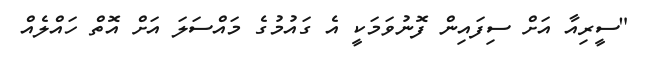
"ސީރިއާ އަށް ސިފައިން ފޮނުވަމަކީ އެ ގައުމުގެ މައްސަލަ އަށް އޮތް ހައްލެއް